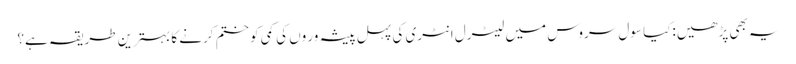
یہ بھی پڑھیں:کیا سول سروس میں لیٹرل انٹری کی پہل پیشہ ور وں کی کمی کو ختم کرنے کا بہترین طریقہ ہے؟